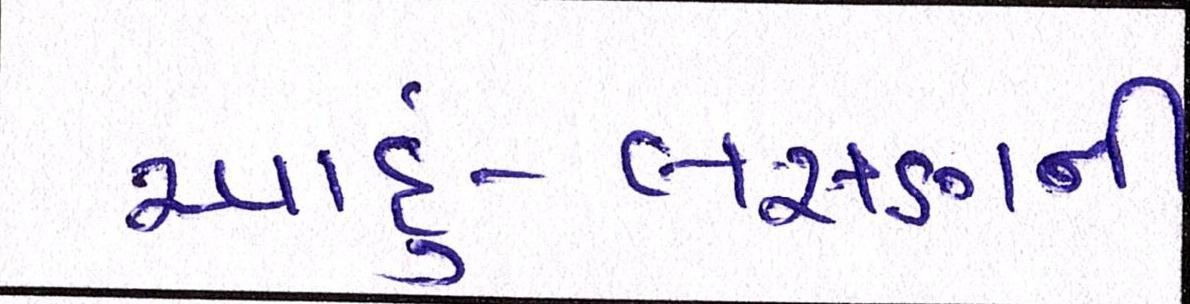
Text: આદું-લસણની